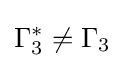
\Gamma _{3}^{*}\neq \Gamma _{3}